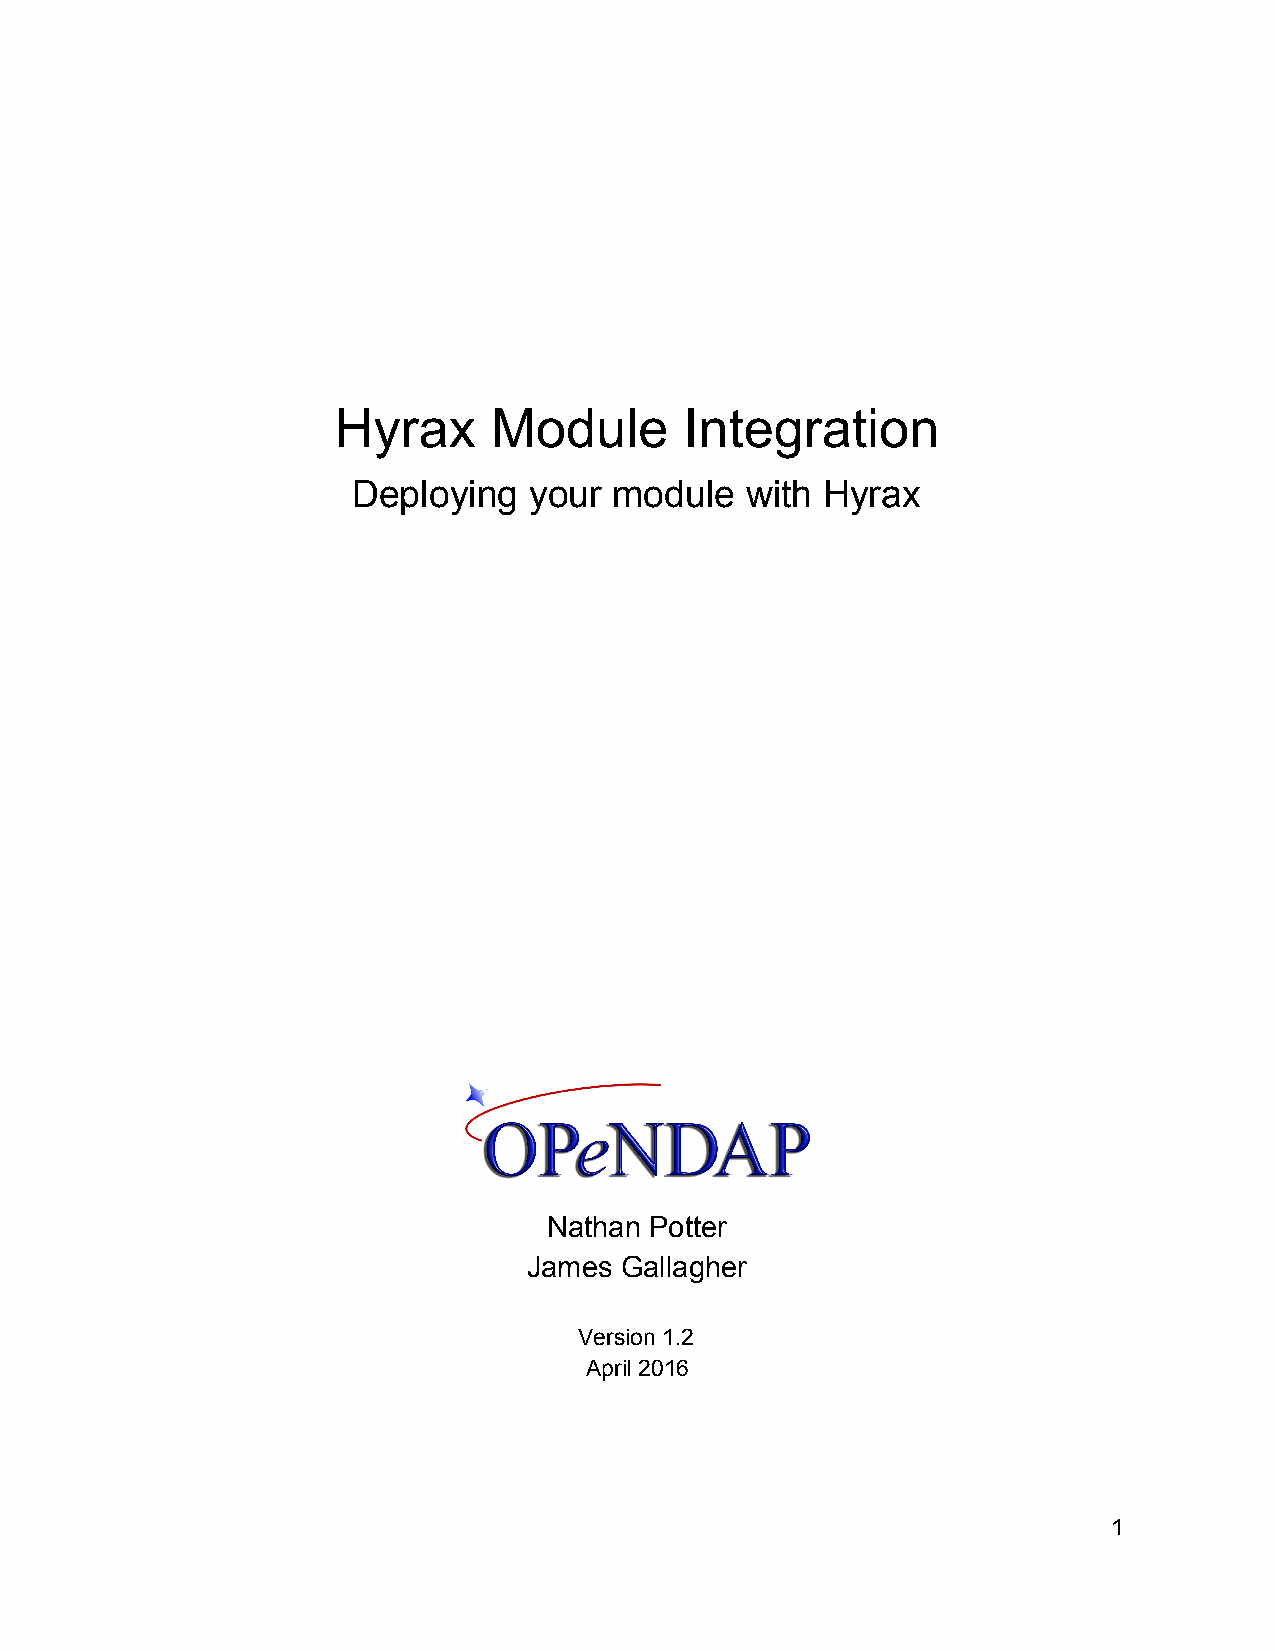
Hyrax     Module       Integration
 Deploying   your  module  with Hyrax
 Nathan Potter
 James Gallagher
 Version 1.2
 April 2016
 1